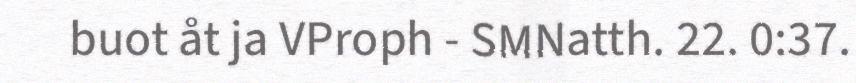
buot åt ja VProph - SMNatth. 22. 0:37.